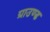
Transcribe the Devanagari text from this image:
ग्राउण्‍ड